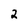
Character: 2